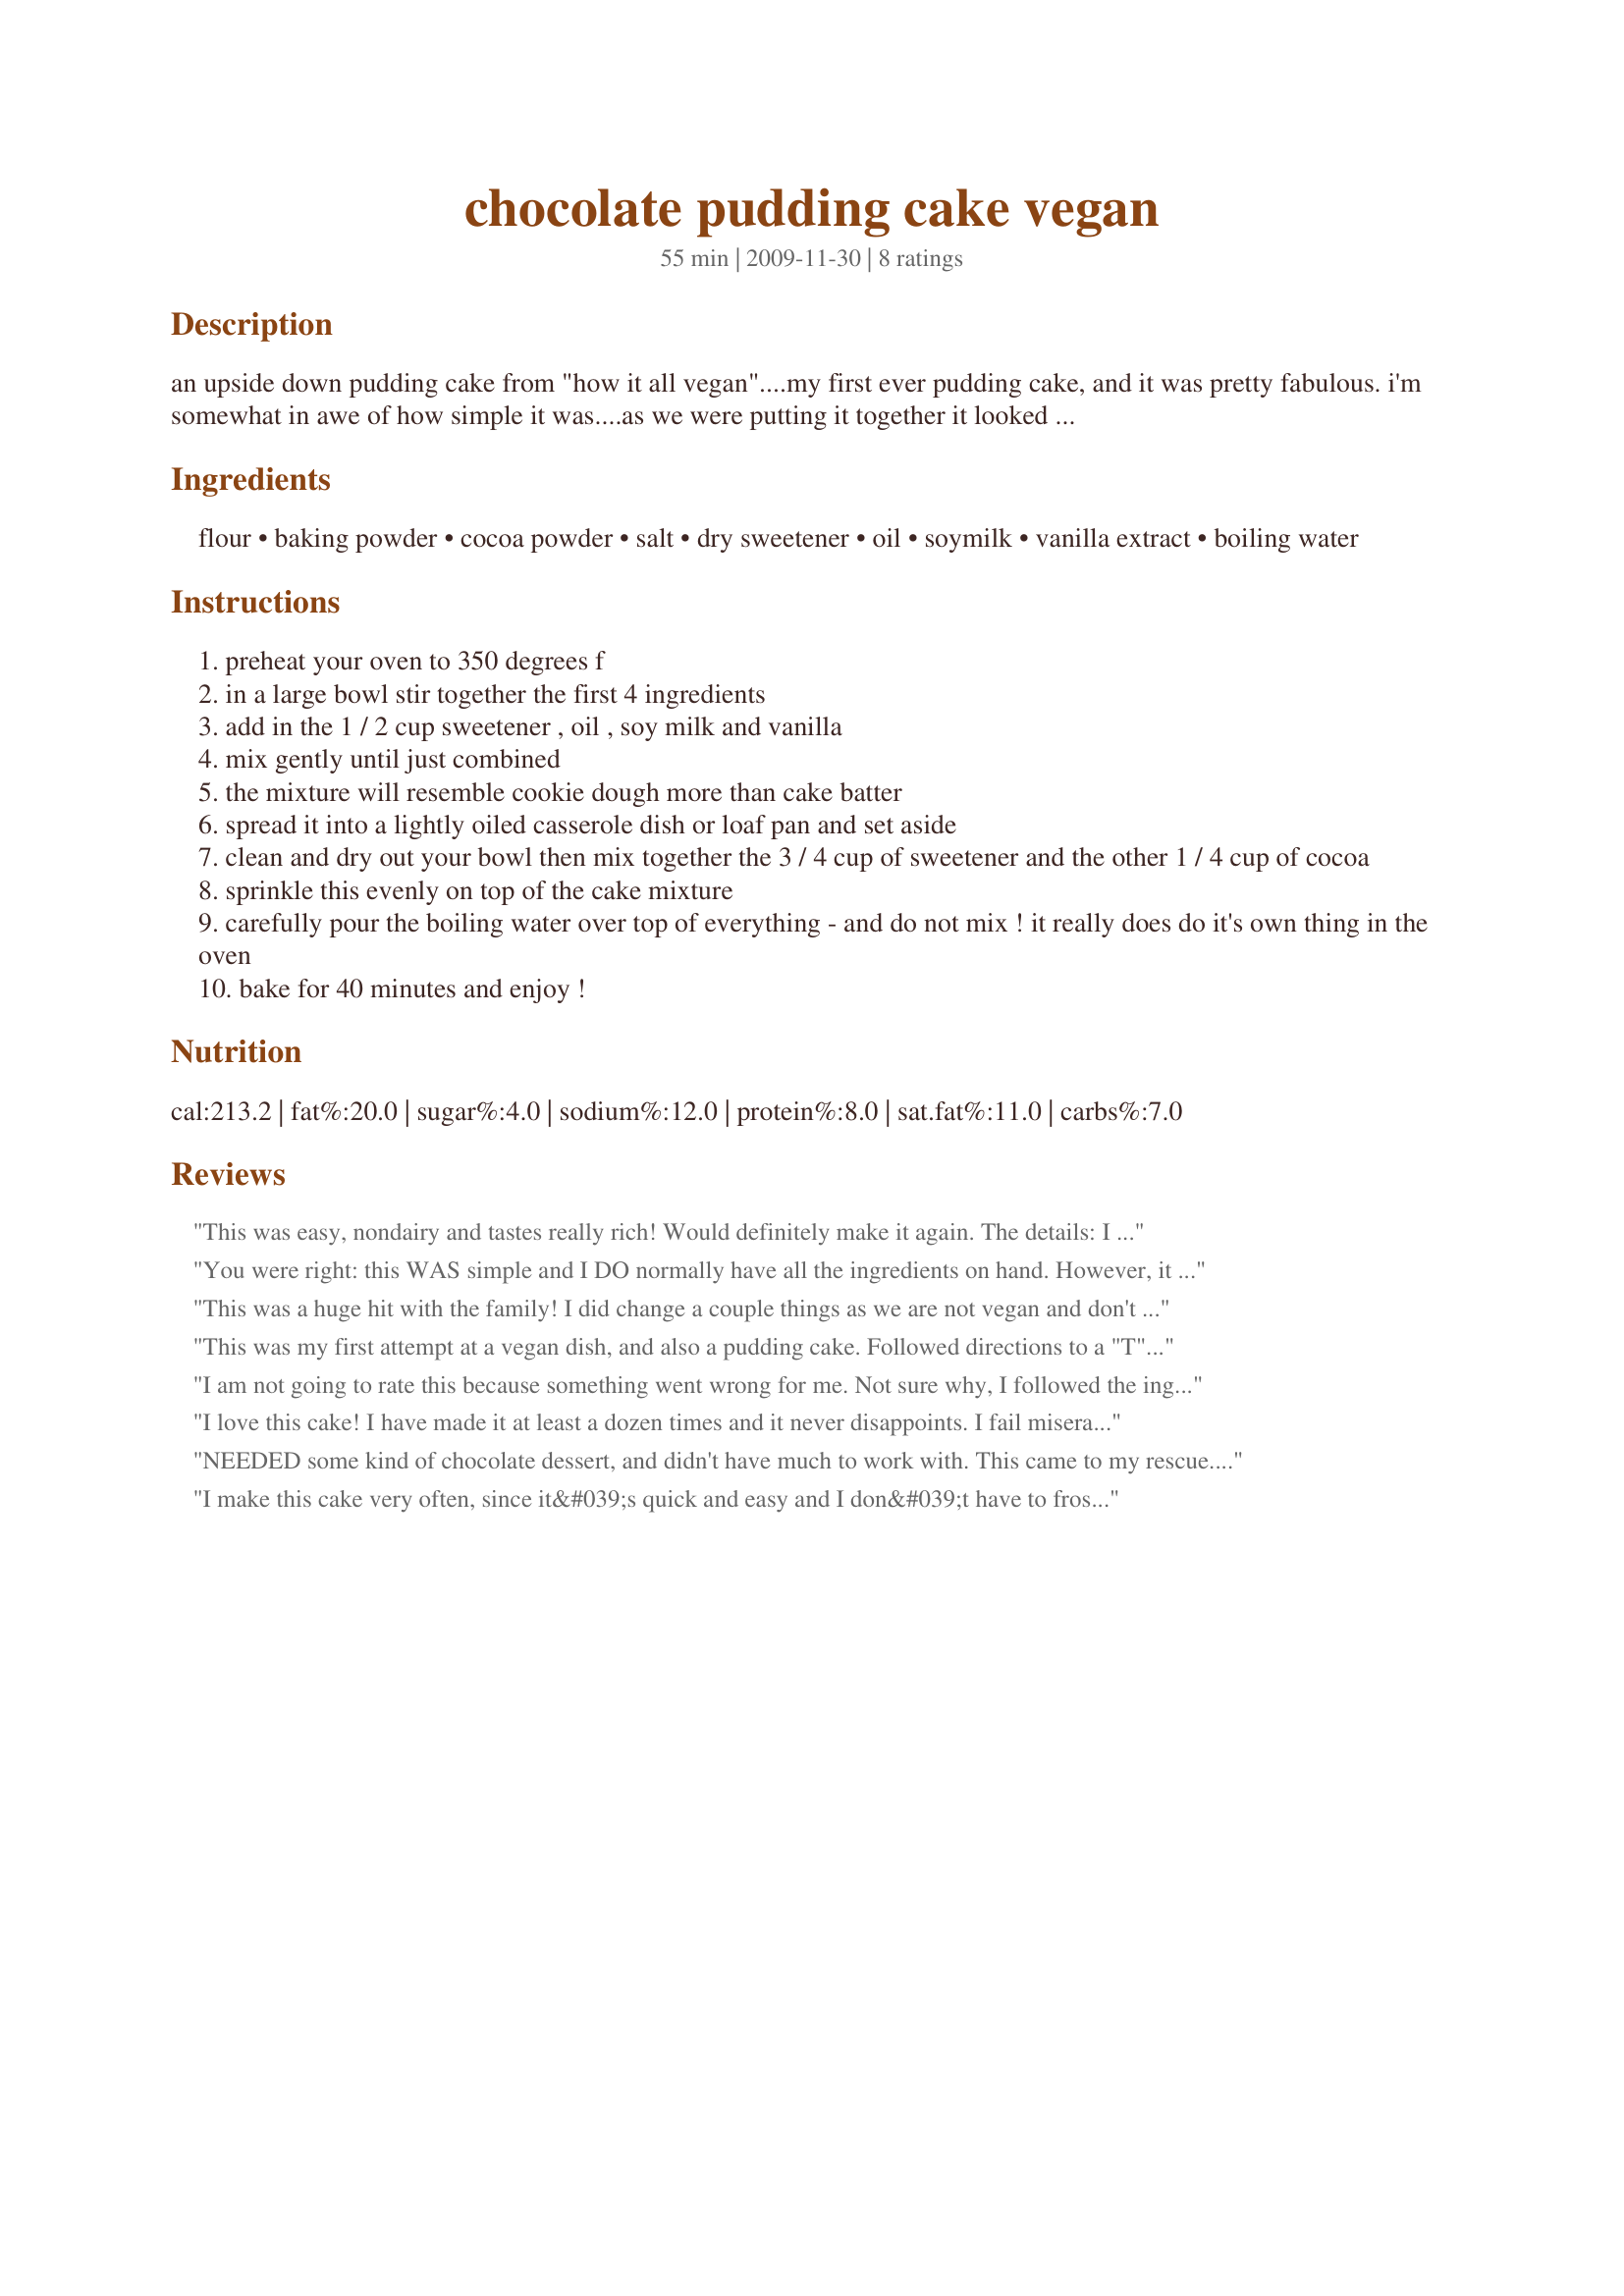
chocolate pudding cake vegan
Preparation time: 55 minutes

an upside down pudding cake from "how it all vegan"....my first ever pudding cake, and it was pretty fabulous. i'm somewhat in awe of how simple it was....as we were putting it together it looked a little strange having never made one before, but it worked!! this is one of those cakes (desserts) you more than likely always have the ingredients on hand for. my 5 year old actually put this together aside from the boiling water part - it worked out just fine, lumps and all! the original recipe called for 1/2 cup margarine...i subbed oil. my only wish would be that the pudding part was a little "creamier", but i'm not sure how to accomplish that. i served this to non vegans tonight and they all enjoyed it, no mention of it being vegan or otherwise. served with vanilla ice "cream".

Ingredients:
flour, baking powder, cocoa powder, salt, dry sweetener, oil, soymilk, vanilla extract, boiling water

Steps:
preheat your oven to 350 degrees f
in a large bowl stir together the first 4 ingredients
add in the 1 / 2 cup sweetener , oil , soy milk and vanilla
mix gently until just combined
the mixture will resemble cookie dough more than cake batter
spread it into a lightly oiled casserole dish or loaf pan and set aside
clean and dry out your bowl then mix together the 3 / 4 cup of sweetener and the other 1 / 4 cup of cocoa
sprinkle this evenly on top of the cake mixture
carefully pour the boiling water over top of everything - and do not mix ! it really does do it's own thing in the oven
bake for 40 minutes and enjoy !

Reviews:
This was easy, nondairy and tastes really rich! Would definitely make it again.

The details: I doubled the ingredients and baked for 1 hour. Other than that the only change I made was to replace 1/2 the oil with applesauce (was having company on a low fat diet). Served it with fresh strawberries that I used to soak up some of the "topping".
You were right: this WAS simple and I DO normally have all the ingredients on hand. However, it was also decadent enough for Valentine's Day. I served it with vegan ice cream. I will definitely make this again. Recipenapped for Veg*an Swap, February 2010
This was a huge hit with the family! I did change a couple things as we are not vegan and don't keep organic sugar or cane juice around. The only thing I did differently was for the 1/2 cup sweetener was use granulated sugar. For the 3/4 cup dry sweetener did brown sugar. Everything else was the same. We didn't have any problems with the cake not being "pudding" enough. There was plenty of that. We had this with vanilla ice cream and topped with the cake pudding. This recipe reminds me a lot of the hot fudge sundae cake my mother-in-law makes on occasion. Thanks for sharing! :) Made for the May 2010 Aussie/NZ recipe swap.
This was my first attempt at a vegan dish, and also a pudding cake. Followed directions to a "T" and the cake came out really well. Spilled a bit in the oven, so fun awaits tomorrow. We thought the pudding part was really good, but the cake seemed a little bland to us - maybe that's just part of the vegan part since it didn't have any eggs. Still, it was pretty good and will definitely make it again.
I am not going to rate this because something went wrong for me. Not sure why, I followed the ingredients and directions exactly which is funny because I rarely do! The cake part was bitter and tasted like baking powder- 1 tbs for 1 cup of flour is huge. I used cane sugar and good quality cocoa, fresh baking powder and almond milk instead of soy. The pudding part was super thin and liquidy and the whole thing was bland and awful. I wish I knew what happened, I made a (non vegan) cocolate pudding cake similar to this in my crock pot once that was fantastic!
I love this cake! I have made it at least a dozen times and it never disappoints. I fail miserably at most baking attempts, but this has always turned out delicious. My non-vegan stepdaughter actually requested this as her birthday cake when she turned 8 (or was it 9? The joys of getting old and losing your mind.). I love that it comes together quick enough for a weeknight. Pop it in the oven, sit down to eat dinner, and when you're done with dinner, you've got piping hot ooey-gooey chocolatey goodness. Don't tell my family, but I usually make it with whole wheat flour and they are none the wiser.
NEEDED some kind of chocolate dessert, and didn't have much to work with. This came to my rescue. I love that it's made with all staples. I'm very unlikely to be out of anything on the list. I used raw granulated sugar for the cake, and brown sugar for the topping. Next time I would lightly pack the brown sugar as I thought it could have been a tad sweeter. We tore into this a little to early and it was still very runny, but it cooled down in our bowls and came together. FAB. I added some walnuts, but otherwise followed exactly. To Newmama - the large amount of baking powder isn't unusual in vegan baking. I couldn't taste it in the cake, not sure what went wrong for you.
I make this cake very often, since it&#039;s quick and easy and I don&#039;t have to frost it. I like to dress it up with some almond extract in addition to the vanilla, and hot coffee for the boiling water (I&#039;ve used espresso powder mixed in with the sugar/cocoa on top--wowza!), and also with some chocolate chips mixed into the batter. This cake is definitely better once it&#039;s cool, so if it&#039;s not what you expect right out of the oven, try it after refrigerating it overnight.
